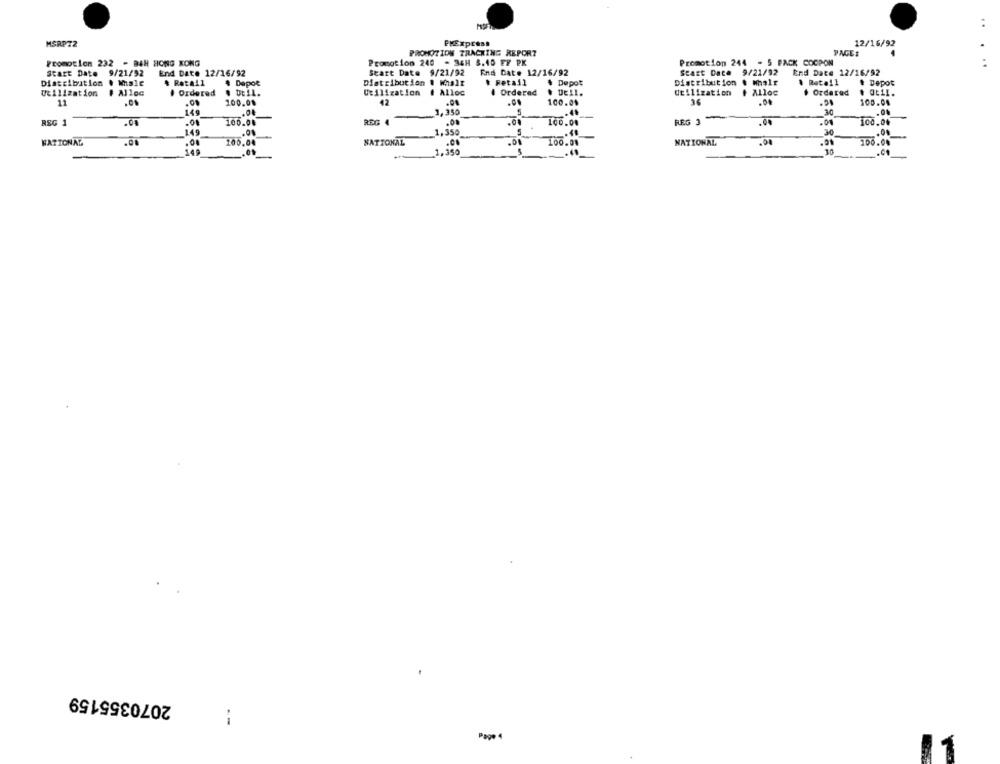
..
MSRP72
PMExpress
12/16/92
PROMOTION TRACKING REPORT
PAGE:
Promotion 232 - BAH HONG KONG
Promotion 240 - 34H 3.40 FF PK
Promotion 244 - 5 PACK COCPON
. ..
Start Date 9/21/92
End Date 12/16/92
Start Date 9/21/92
End Date 12/16/92
Start Date 9/21/92
End Date 12/16/92
Distribution
& Retail
$ Depot
Distribution
. Whalt
* Retail
. Depot
Distribution . Whalr
. Retail
# Depot
# Alloc
Ordered
. Dtil.
Utilization
# Ordered
. DEil.
Utilization
. Ordered
Utilization
# Alloc
11
.0%
.01
100.00
42
100.04
36
.00
.50
100.04
149
.1, 350
5
.41
RSG 1
.00
100.00
REG 4
-
.00
100.00
REG 3
-
.00
.04
100.00
149
30
.01
_1,350
.00
NATIONAL
.00
100.04
NATIONAL
NATIONAL
.00
.91
100.00
149
1,350
30
2070355159
i
Pape 4